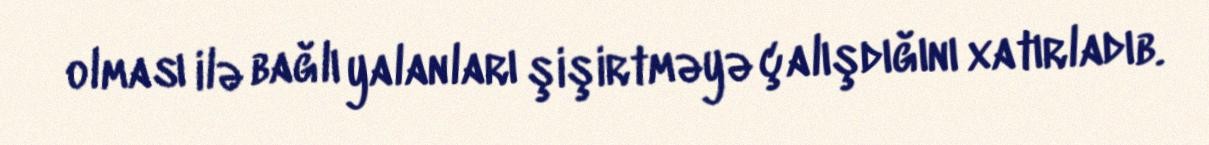
olması ilə bağlı yalanları şişirtməyə çalışdığını xatırladıb.